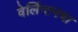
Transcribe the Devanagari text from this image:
वेलिंग्टनचा